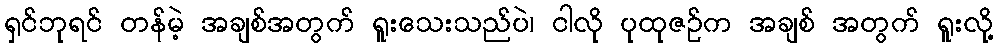
ရှင်ဘုရင် တန်မဲ့ အချစ်အတွက် ရူးသေးသည်ပဲ၊ ငါလို ပုထုဇဉ်က အချစ် အတွက် ရူးလို့